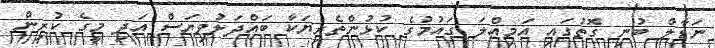
ނަޑާލް ބުނި ގޮތުގައި އަމިއްލަ ގައުމުގެ ކުޅުންތެރިޔަކާ ބައްދަލުވިޔަސް އަދި މީގެ ކުރިން